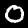
Digit: 0